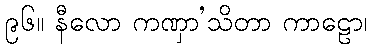
၉၆။ နီလော ကဏှာ’သိတာ ကာဠော၊